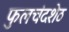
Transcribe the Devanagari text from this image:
फुलचंदशेठ